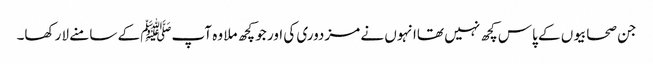
جن صحابیوں کے پاس کچھ نہیں تھاانہوں نے مزدوری کی اور جو کچھ ملا وہ آپﷺ کے سامنے لا رکھا۔